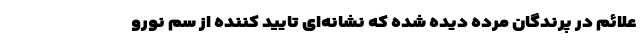
علائم در پرندگان مرده دیده شده که نشانه‌ای تایید کننده از سم نورو